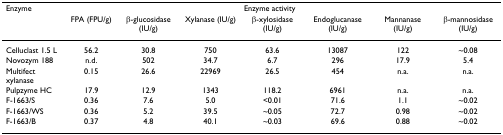
| <COLSPAN=4> Enzyme | <COLSPAN=4> Enzyme activity |
 |  | FPA (FPU/g) | β-glucosidase (IU/g) | Xylanase (IU/g) | β-xylosidase (IU/g) | Endoglucanase (IU/g) | Mannanase (IU/g) | β-mannosidase (IU/g) |
 | --- | --- | --- | --- | --- | --- | --- | --- |
 | Celluclast 1.5 L | 56.2 | 30.8 | 750 | 63.6 | 13087 | 122 | ~0.08 |
 | Novozym 188 | n.d. | 502 | 34.7 | 6.7 | 296 | 17.9 | 5.4 |
 | Multifect xylanase | 0.15 | 26.6 | 22969 | 26.5 | 454 | n.a. | n.a. |
 | Pulpzyme HC | 17.9 | 12.9 | 1343 | 118.2 | 6961 | n.a. | n.a. |
 | F-1663/S | 0.36 | 7.6 | 5.0 | <0.01 | 71.6 | 1.1 | ~0.02 |
 | F-1663/WS | 0.36 | 5.2 | 39.5 | ~0.05 | 72.7 | 0.98 | ~0.02 |
 | F-1663/B | 0.37 | 4.8 | 40.1 | ~0.03 | 69.6 | 0.88 | ~0.02 |